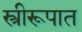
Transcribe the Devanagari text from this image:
स्त्रीरूपात